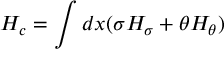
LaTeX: { \cal H } _ { c } = \int d x ( \sigma { \cal H } _ { \sigma } + \theta { \cal H } _ { \theta } )